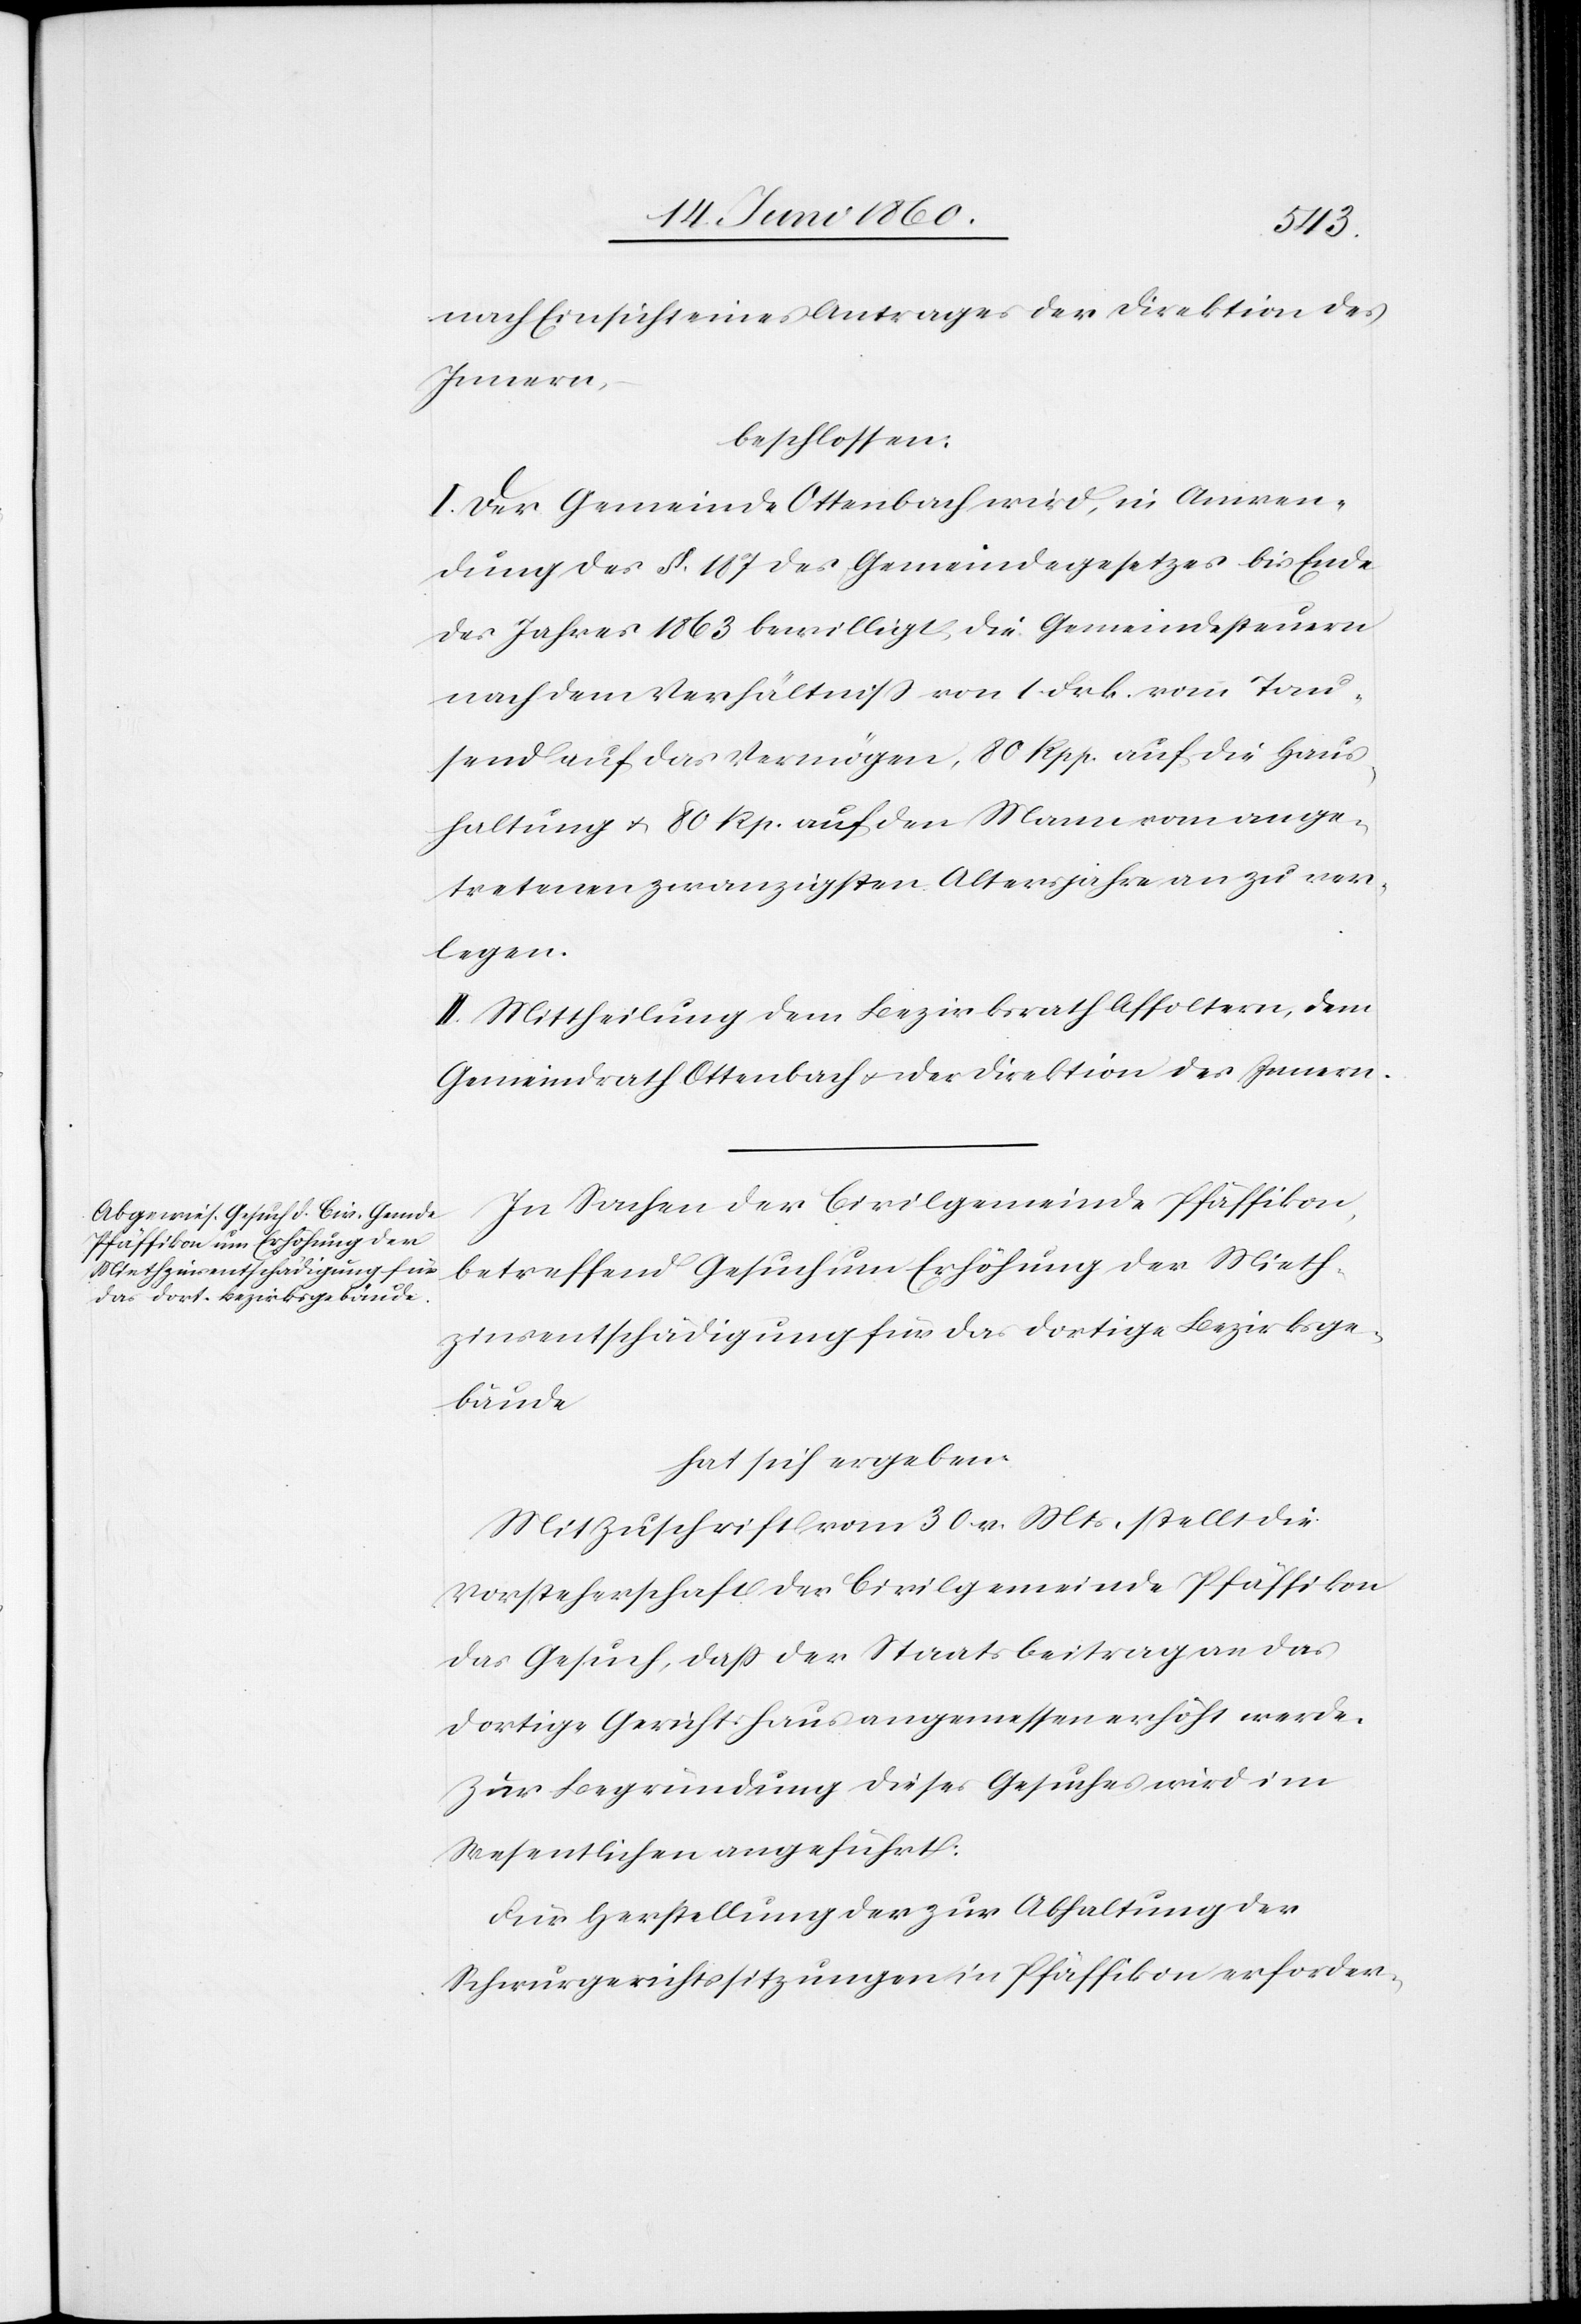
nach Einsicht eines Antrages der Direktion des
Innern,
beschlossen:
I. Der Gemeinde Ottenbach wird, in Anwen¬
dung des §. 187 des Gemeindegesetzes bis Ende
des Jahres 1863 bewilligt, die Gemeindesteuern
nach dem Verhältniss von 1 Frk. vom Tau¬
send auf das Vermögen, 80 Rpp. auf die Haus¬
haltung u. 80 Rp. auf den Mann vom ange¬
tretenen zwanzigsten Altersjahre an zu ver¬
legen.
II. Mittheilung dem Bezirksrath Affoltern, dem
Gemeindrath Ottenbach u. der Direktion des Innern.
In Sachen der Civilgemeinde Pfäffikon,
betreffend Gesuch um Erhöhung der Mieth¬
zinsentschädigung für das dortige Bezirksge¬
bäude
hat sich ergeben:
Mit Zuschrift vom 30. v. Mts, stellt die
Vorsteherschaft der Civilgemeinde Pfäffikon
das Gesuch, dass der Staatsbeitrag an das
dortige Gerichtshaus angemessen erhöht werde.
Zur Begründung dieses Gesuches wird im
Wesentlichen angeführt:
Für Herstellung der zur Abhaltung der
Schwurgerichtssitzungen in Pfäffikon erforder-